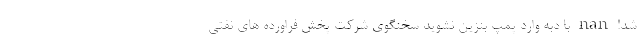
شد! nan با دبه وارد پمپ بنزین نشوید سخنگوی شرکت پخش فراورده های نفتی